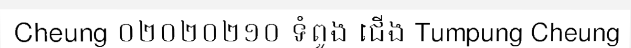
Cheung ០២០២០២១០ ទំពូង ជើង Tumpung Cheung